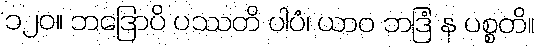
၁၂၀။ ဘဒြောပိ ပဿတိ ပါပံ၊ ယာဝ ဘဒြံ န ပစ္စတိ။